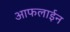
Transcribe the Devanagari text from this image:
आफलाईन